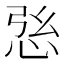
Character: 𢙰